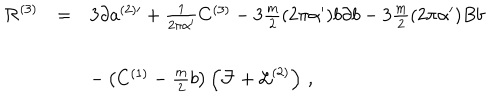
LaTeX: \begin{array} { r c l } { { { \cal R } ^ { ( 3 ) } } } & { { = } } & { { 3 \partial a ^ { ( 2 ) \prime } + { \textstyle \frac { 1 } { 2 \pi \alpha ^ { \prime } } } C ^ { ( 3 ) } - 3 { \textstyle \frac { m } { 2 } } ( 2 \pi \alpha ^ { \prime } ) b \partial b - 3 { \textstyle \frac { m } { 2 } } ( 2 \pi \alpha ^ { \prime } ) B b } } \\ { { } } & { { } } & { { } } \\ { { } } & { { } } & { { - \left( C ^ { ( 1 ) } - { \textstyle \frac { m } { 2 } b } \right) \left( { \cal F } + { \cal L } ^ { ( 2 ) } \right) \, , } } \\ \end{array}